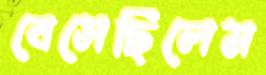
বেসেছিলেম